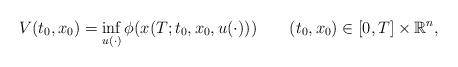
LaTeX: \begin{align*}V(t_0,x_0)= \inf_{u(\cdot)} \phi(x(T;t_0,x_0,u(\cdot)))\qquad(t_0,x_0)\in [0,T]\times\mathbb R^n,\end{align*}